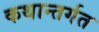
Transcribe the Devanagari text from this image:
कथान्तर्गत